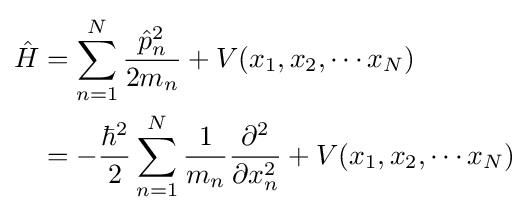
{\begin{aligned}{\hat {H}}&=\sum _{n=1}^{N}{\frac {{\hat {p}}_{n}^{2}}{2m_{n}}}+V(x_{1},x_{2},\cdots x_{N})\\&=-{\frac {\hbar ^{2}}{2}}\sum _{n=1}^{N}{\frac {1}{m_{n}}}{\frac {\partial ^{2}}{\partial x_{n}^{2}}}+V(x_{1},x_{2},\cdots x_{N})\end{aligned}}